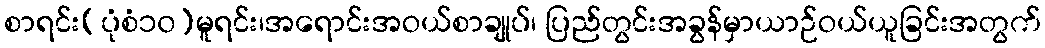
စာရင်း(ပုံစံ၁၀)မူရင်း၊အရောင်းအဝယ်စာချုပ်၊ ပြည်တွင်းအခွန်မှာယာဉ်ဝယ်ယူခြင်းအတွက်